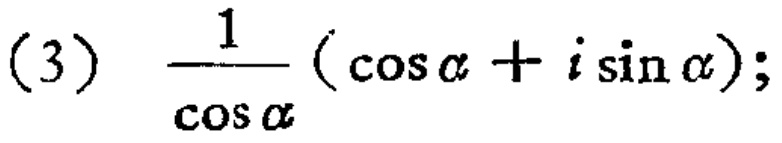
(3) \(\frac{1}{\cos\alpha}(\cos\alpha + i\sin\alpha)\);